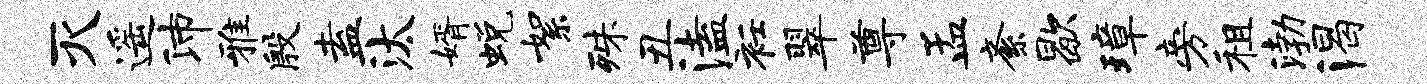
灭遥沛雅殷盍汰婿蜕絮殊丑溘衽翠尊孟紊歇璋旁租渤渴